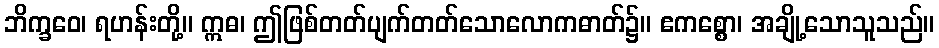
ဘိက္ခဝေ၊ ရဟန်းတို့။ ဣဓ၊ ဤဖြစ်တတ်ပျက်တတ်သောလောကဓာတ်၌။ ဧကစ္စော၊ အချို့သောသူသည်။